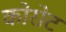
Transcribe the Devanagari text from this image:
कोरोट